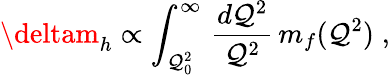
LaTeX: \deltam_{h}\propto\int_{\mathcal{Q}_{0}^{2}}^{\infty}\, \frac{{d\mathcal{Q}^{2}}}{{\mathcal{Q}^{2}}}\, m_{f}(\mathcal{Q}^{2})\; ,